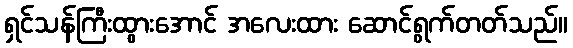
ရှင်သန်ကြီးထွားအောင် အလေးထား ဆောင်ရွက်တတ်သည်။